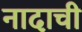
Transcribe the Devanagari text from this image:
नादाची